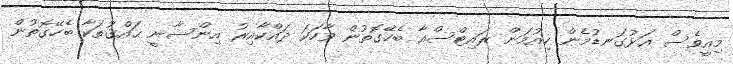
މިއީވެސް އަޅުގަނޑުމެން ހިއުމަން ރައިޓްސްއާ ބެހޭގޮތުން ވާހަކަ ދައްކާއިރު އިންސާނީ ޙައްޤުތަކާ ބެހޭގޮތުން